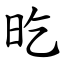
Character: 㫓